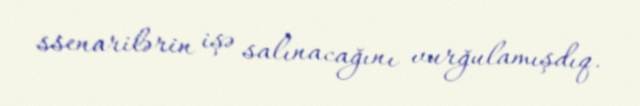
ssenarilərin işə salınacağını vurğulamışdıq.